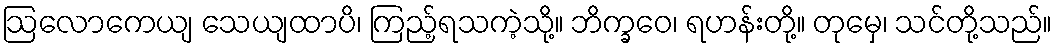
ဩလောကေယျ သေယျထာပိ၊ ကြည့်ရသကဲ့သို့။ ဘိက္ခဝေ၊ ရဟန်းတို့။ တုမှေ၊ သင်တို့သည်။